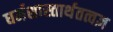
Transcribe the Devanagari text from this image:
धर्मशास्तार्थतत्वज्ञ